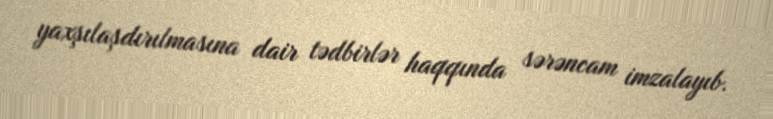
yaxşılaşdırılmasına dair tədbirlər haqqında sərəncam imzalayıb.